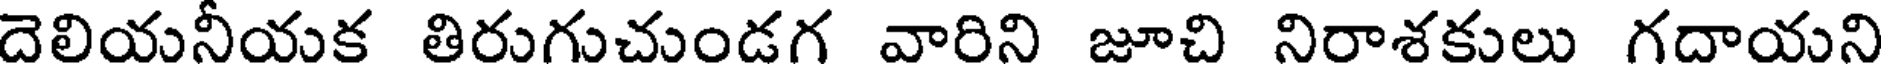
దెలియనీయక తిరుగుచుండగ వారిని జూచి నిరాశకులు గదాయని